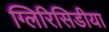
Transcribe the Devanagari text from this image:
ग्लिरिसिडीया